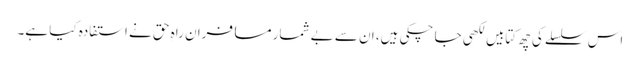
اس سلسلے کی چھ کتابیں لکھی جا چکی ہیں، ان سے بے شمار مسافرانِ راہِ حق نے استفادہ کیا ہے۔